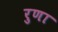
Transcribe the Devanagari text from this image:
रुणा